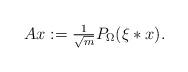
LaTeX: \begin{align*} Ax:=\tfrac{1}{\sqrt{m}} P_\Omega (\xi*x). \end{align*}